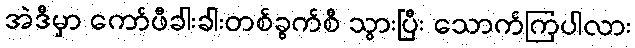
အဲဒီမှာ ကော်ဖီခါးခါးတစ်ခွက်စီ သွားပြီး သောက်ကြပါလား